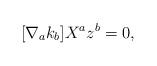
LaTeX: \begin{align*}[\nabla_{a}k_{b}]X^{a}z^{b}=0,\end{align*}